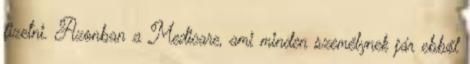
fizetni. Azonban a Medicare, ami minden személynek jár ebből